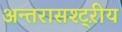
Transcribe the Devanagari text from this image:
अन्तरासश्ट्ऱीय